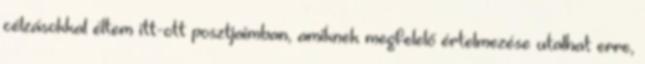
célzásokkal éltem itt-ott posztjaimban, amiknek megfelelő értelmezése utalhat erre,